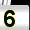
Digit: 5